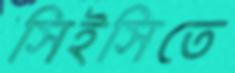
সিইসিতে